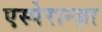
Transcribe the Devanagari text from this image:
एस्पेरान्ज़ा